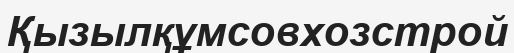
Қызылқұмсовхозстрой